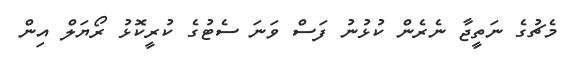
މެޗުގެ ނަތީޖާ ނެރެން ކުޅުނު ފަސް ވަނަ ސެޓުގެ ކުރީކޮޅު ރޯޔަލް އިން